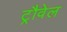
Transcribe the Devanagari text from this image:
ट्रौवेल